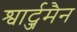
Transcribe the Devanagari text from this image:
श्वार्ट्जमैन